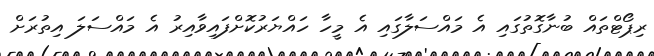
ރިޕޯޓްތައް ބުނާގޮތުގައި އެ މައްސަލާގައި އެ މީހާ ހައްޔަރުކޮށްފައިވާއިރު އެ މައްސަލަ އިތުރަށް